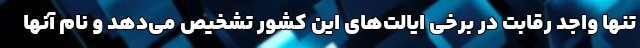
تنها واجد رقابت در برخی ایالت‌های این کشور تشخیص می‌دهد و نام آنها